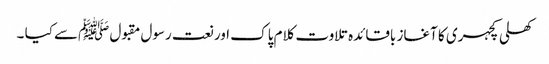
کھلی کچہری کا آغاز باقائدہ تلاوت کلام پاک اور نعت رسول مقبول ﷺسے کیا ۔